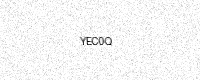
Text: YEC0Q